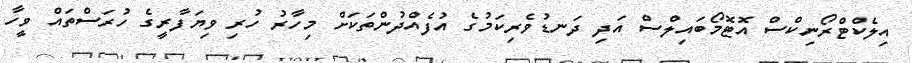
އިލެކްޓްރޯނިކްސް އޮޓޮމޯބައިލްސް އަދި ދަނޑުވެރިކަމުގެ އުފެއްދުންތަކަށް މިހާރު ހުރި ވިޔަފާރީގެ ހުރަސްތައް ވީހާ